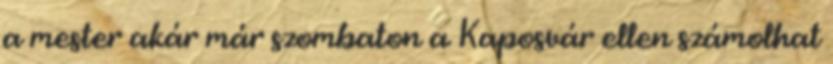
a mester akár már szombaton a Kaposvár ellen számolhat